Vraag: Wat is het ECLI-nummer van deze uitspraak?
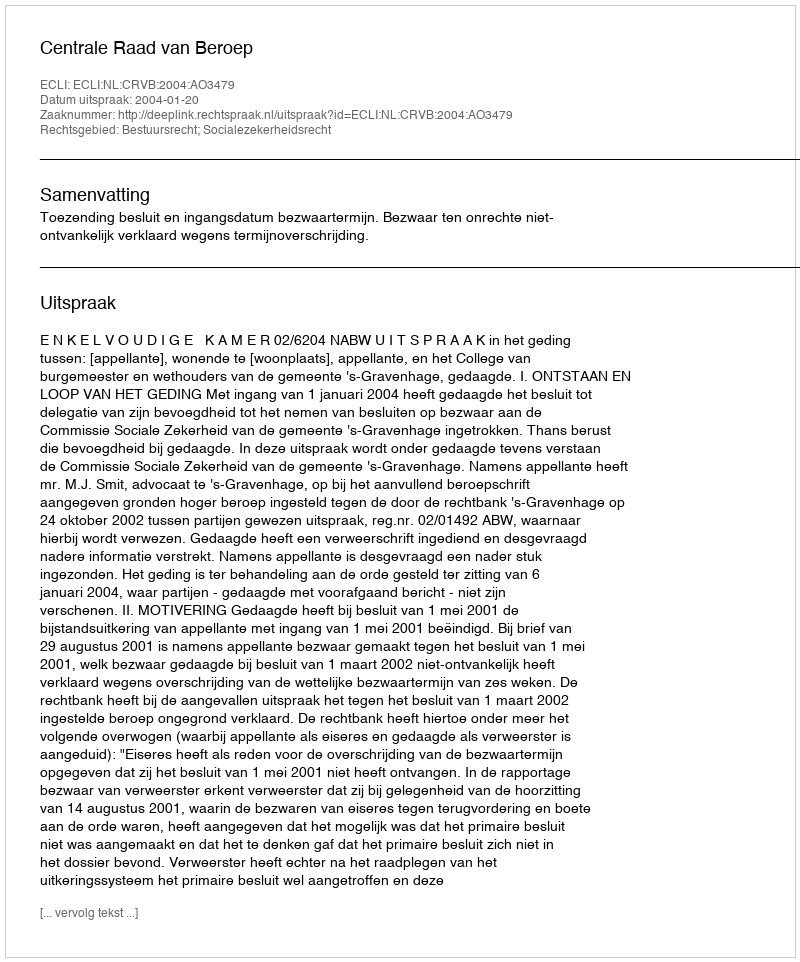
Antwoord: ECLI:NL:CRVB:2004:AO3479